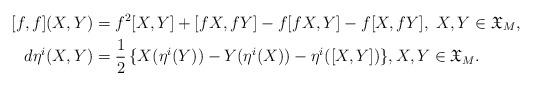
LaTeX: \begin{align*} [{f},{f}](X,Y) & = {f}^2 [X,Y] + [{f} X, {f} Y] - {f}[{f} X,Y] - {f}[X,{f} Y],\ X,Y\in\mathfrak{X}_M , \\ d\eta^i(X,Y) & = \frac12\,\{X(\eta^i(Y)) - Y(\eta^i(X)) - \eta^i([X,Y])\},X,Y\in\mathfrak{X}_M .\end{align*}